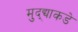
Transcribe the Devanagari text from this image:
मुद्द्याकडे